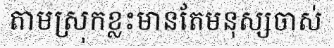
តាមស្រុកខ្លះមានតែមនុស្សចាស់